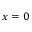
x = 0